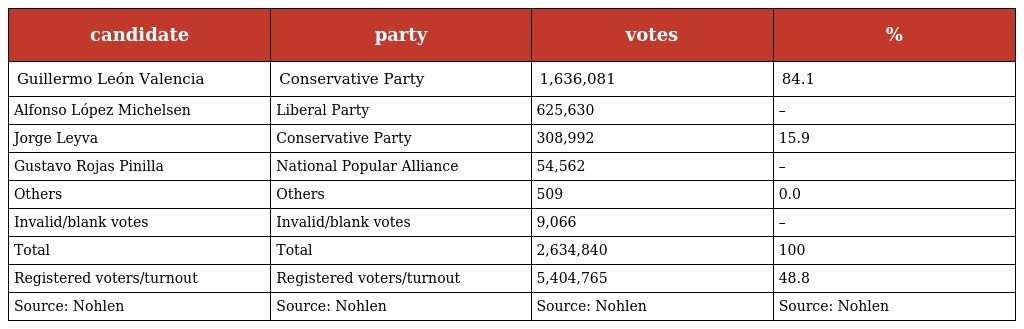
| candidate | party | votes | % |
 | --- | --- | --- | --- |
 | Guillermo León Valencia | Conservative Party | 1,636,081 | 84.1 |
 | Alfonso López Michelsen | Liberal Party | 625,630 | – |
 | Jorge Leyva | Conservative Party | 308,992 | 15.9 |
 | Gustavo Rojas Pinilla | National Popular Alliance | 54,562 | – |
 | Others | Others | 509 | 0.0 |
 | Invalid/blank votes | Invalid/blank votes | 9,066 | – |
 | Total | Total | 2,634,840 | 100 |
 | Registered voters/turnout | Registered voters/turnout | 5,404,765 | 48.8 |
 | Source: Nohlen | Source: Nohlen | Source: Nohlen | Source: Nohlen |